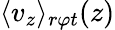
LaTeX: \langle v_{z}\rangle_{r\varphi t}(z)